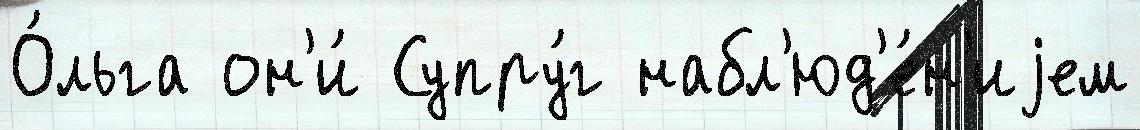
О́льга он'и́ Супру́г набл'юд'е́н'иjем